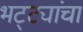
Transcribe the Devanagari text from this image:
भट्ट्यांचा